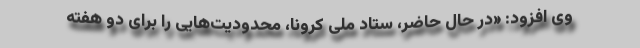
وی افزود: «در حال حاضر، ستاد ملی کرونا، محدودیت‌هایی را برای دو هفته